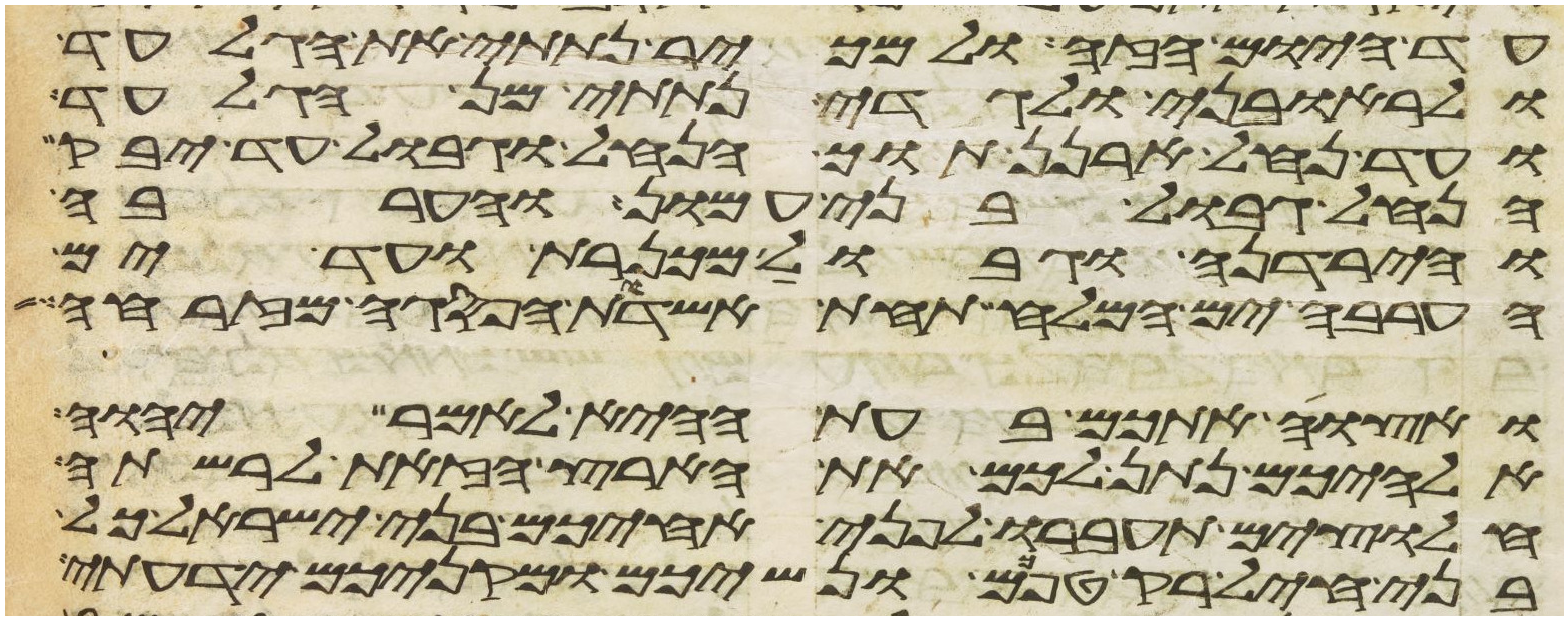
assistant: עד היום הזה ולמכיר נתתי את הגלעד
ולראובני ולגדי נתתי מן הגלעד
ועד נחל ארנן תוך הנחל וגבול עד יבק
הנחל גבול בני עמון והערבה
והירדנה וגבול מכנרת ועד ים
הערבה ים המלח תחת אשדות הפסגה מזרחה
ואצוה אתכם בעת ההיא לאמר יהוה
אלהיכם נתן לכם את הארץ הזאת לרשתה
חלוצים תעברו לפני אחיכם בני ישראל כל
בני חיל רק טפכם ונשיכם ומקניכם ידעתי